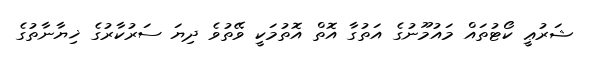
ޝަރުޢީ ކޯޓުތައް މައުމޫނުގެ އަތުގާ އޮތް އޮތުމަކީ ވޭތުވެ ދިޔަ ސަރުކާރުގެ ޚިޔާނާތުގެ